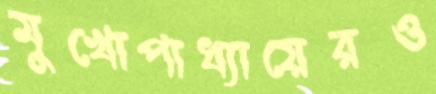
মুখোপাধ্যায়েরও